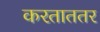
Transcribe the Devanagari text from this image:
करताततर